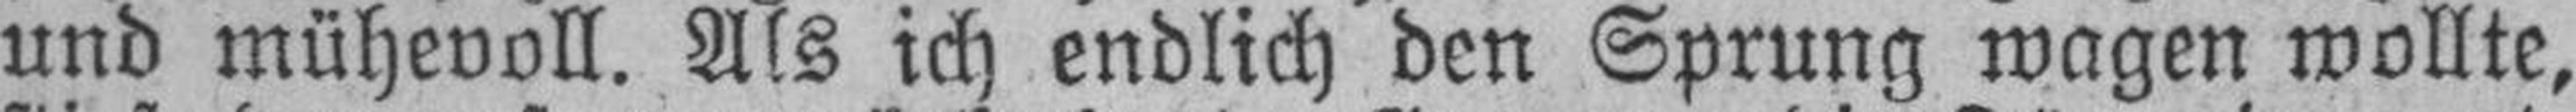
und mühevoll. Als ich endlich den Sprung wagen wollte,